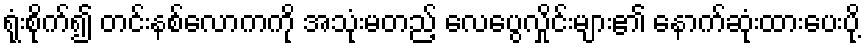
ရုံးစိုက်၍ တင်းနစ်လောကကို အသုံးမတည့် လေပွေလှိုင်းများ၏ နောက်ဆုံးထားပေးပို့